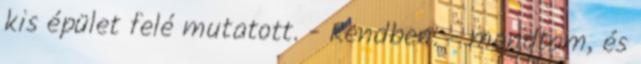
kis épület felé mutatott. - Rendben. - mondtam, és